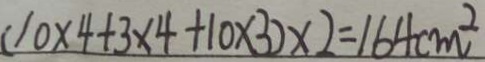
( 1 0 \times 4 + 3 \times 4 + 1 0 \times 3 ) \times 2 = 1 6 4 c m ^ { 2 }